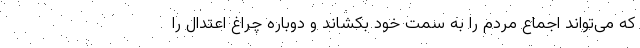
که می‌تواند اجماع مردم را به سمت خود بکشاند و دوباره چراغ اعتدال را